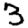
Digit: 3